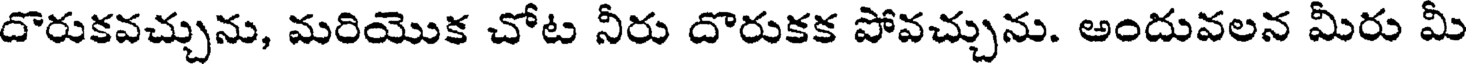
దొరుకవచ్చును, మరియొక చోట నీరు దొరుకక పోవచ్చును. అందువలన మీరు మీ